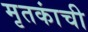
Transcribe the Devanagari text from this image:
मृतकांची